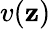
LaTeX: v(\mathbf{z})